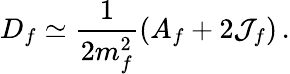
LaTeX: D_{f}\simeq\frac{1}{2m_{f}^{2}}(A_{f}+2{\cal J}_{f})\, .